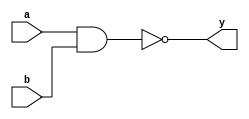
module nand_wired (
	input		a,
	input		b,
	output	y
	);
	
	wire n0;
	
	assign y  = ~n0;	
	assign n0 = a & b;
	
endmodule